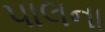
પાલના